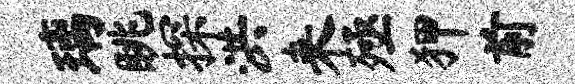
璃眺探洪来殛狎前